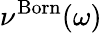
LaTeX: \nu^{\mathrm{Born}}(\omega)